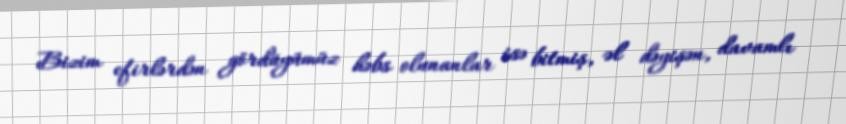
Bizim efirlərdən gördüyümüz həbs olunanlar isə bitmiş, əl dəyişən, davamlı